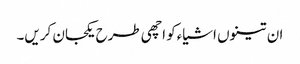
ان تینوں اشیاءکو اچھی طرح یکجان کریں۔